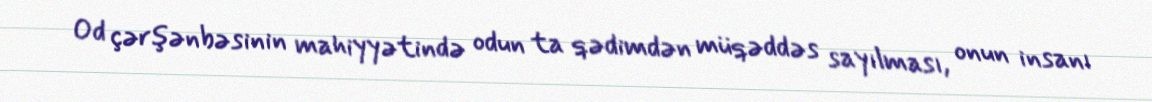
Od çərşənbəsinin mahiyyətində odun ta qədimdən müqəddəs sayılması, onun insanı